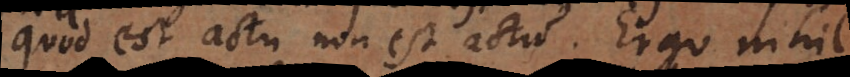
est actu non est actu. Ergo nihil